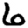
Digit: 6